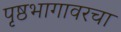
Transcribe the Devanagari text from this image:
पृष्ठभागावरचा